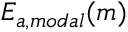
E _ { a , m o d a l } ( m )